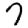
Digit: 7